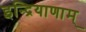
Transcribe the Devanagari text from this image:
इन्द्रियाणाम्